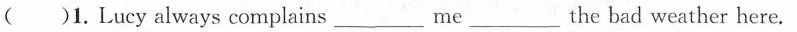
() 1. Lucy always complains ___ me ___ the bad weather here.